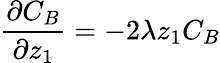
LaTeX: \frac{\partial C_{B}}{\partial z_{1}}=-2\lambda z_{1}C_{B}